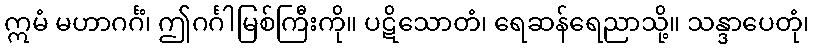
ဣမံ မဟာဂင်္ဂံ၊ ဤဂင်္ဂါမြစ်ကြီးကို။ ပဋိသောတံ၊ ရေဆန်ရေညာသို့။ သန္ဒာပေတုံ၊